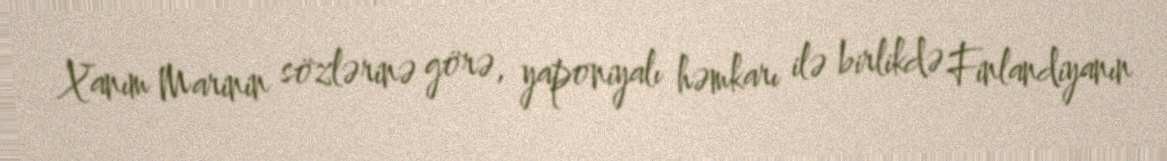
Xanım Marinin sözlərinə görə, yaponiyalı həmkarı ilə birlikdə Finlandiyanın